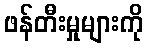
ဖန်တီးမှုများကို